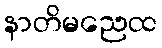
နာတိမညေထ